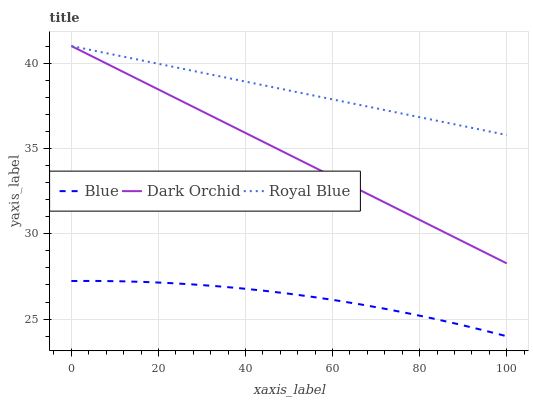
| xaxis_label | Blue | Dark Orchid | Royal Blue |
 | --- | --- | --- | --- |
 | 0 | 27.2 | 41 | 41 |
 | 5.56 | 27.2 | 40.3 | 40.7 |
 | 11.1 | 27.2 | 39.6 | 40.4 |
 | 16.7 | 27.2 | 38.9 | 40.1 |
 | 22.2 | 27.1 | 38.2 | 39.8 |
 | 27.8 | 27 | 37.5 | 39.6 |
 | 33.3 | 26.9 | 36.8 | 39.3 |
 | 38.9 | 26.8 | 36 | 39 |
 | 44.4 | 26.7 | 35.3 | 38.7 |
 | 50 | 26.5 | 34.6 | 38.4 |
 | 55.6 | 26.3 | 33.9 | 38.1 |
 | 61.1 | 26.1 | 33.2 | 37.8 |
 | 66.7 | 25.8 | 32.5 | 37.5 |
 | 72.2 | 25.6 | 31.8 | 37.2 |
 | 77.8 | 25.3 | 31.1 | 36.9 |
 | 83.3 | 25 | 30.4 | 36.7 |
 | 88.9 | 24.7 | 29.7 | 36.4 |
 | 94.4 | 24.4 | 29 | 36.1 |
 | 100 | 24 | 28.3 | 35.8 |